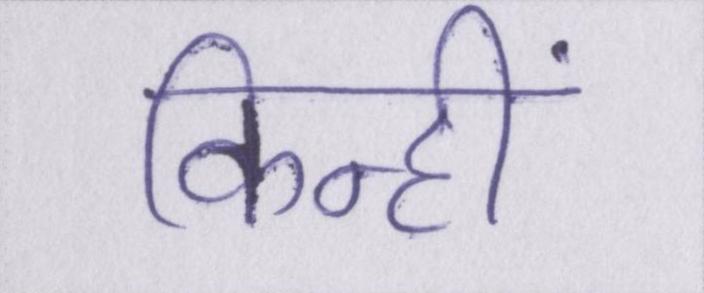
किन्हीं